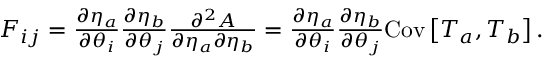
\begin{array} { r } { F _ { i j } = \frac { \partial \eta _ { a } } { \partial \theta _ { i } } \frac { \partial \eta _ { b } } { \partial \theta _ { j } } \frac { \partial ^ { 2 } A } { \partial \eta _ { a } \partial \eta _ { b } } = \frac { \partial \eta _ { a } } { \partial \theta _ { i } } \frac { \partial \eta _ { b } } { \partial \theta _ { j } } \mathrm { C o v } \left[ T _ { a } , T _ { b } \right] . } \end{array}